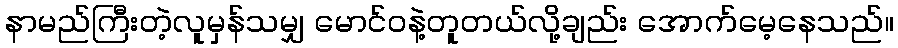
နာမည်ကြီးတဲ့လူမှန်သမျှ မောင်ဝနဲ့တူတယ်လို့ချည်း အောက်မေ့နေသည်။